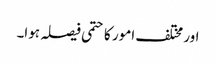
اور مختلف امور کا حتمی فیصلہ ہوا۔